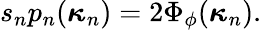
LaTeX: \begin{array}{r}{s_{n}p_{n}(\boldsymbol{\kappa}_{n})=2\Phi_{\phi}(\boldsymbol{\kappa}_{n}).}\end{array}